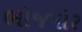
ભોજપોર